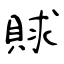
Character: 賕